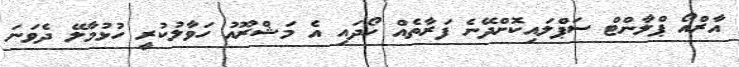
އާރްއޯ ޕްލާންޓް ސަޕްލައިކޮށްދޭނެ ފަރާތެއް ހޯދައި އެ މަޝްރޫއު ހަވާލުކުރީ ހުޅުމާލޭ ދެވަނަ